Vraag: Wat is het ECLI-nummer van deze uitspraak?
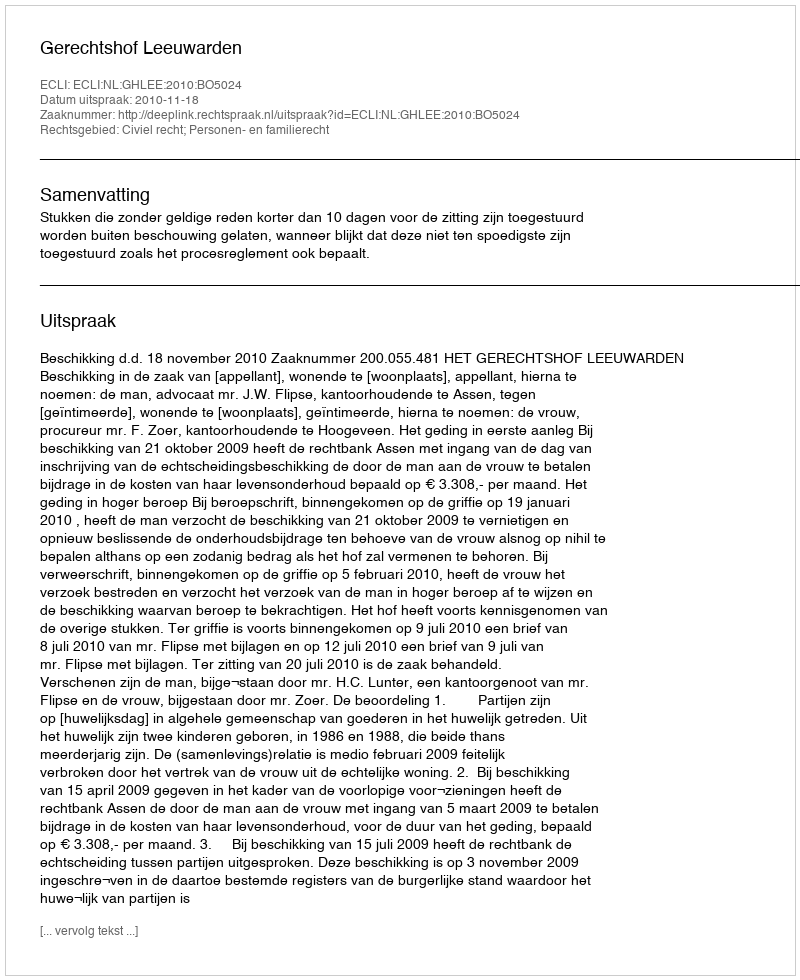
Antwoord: ECLI:NL:GHLEE:2010:BO5024